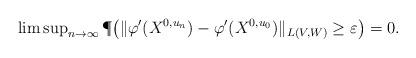
LaTeX: \begin{align*} \limsup\nolimits_{ n \to \infty } \P\big( \|\varphi'( X^{0,u_n} ) - \varphi'( X^{0,u_0} )\|_{L(V,W)} \geq \varepsilon \big) =0.\end{align*}